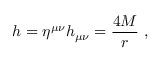
h = \eta ^ { \mu \nu } h _ { \mu \nu } = \frac { 4 M } { r } \ ,